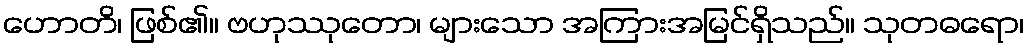
ဟောတိ၊ ဖြစ်၏။ ဗဟုဿုတော၊ များသော အကြားအမြင်ရှိသည်။ သုတဓရော၊